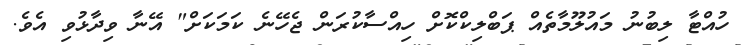
ހުއްޓާ ލިބުނު މައުލޫމާތެއް ޕަބްލިކްކޮށް ހިއްސާކުރަން ޖެހޭނެ ކަމަކަށް" އޭނާ ވިދާޅުވި އެވެ.